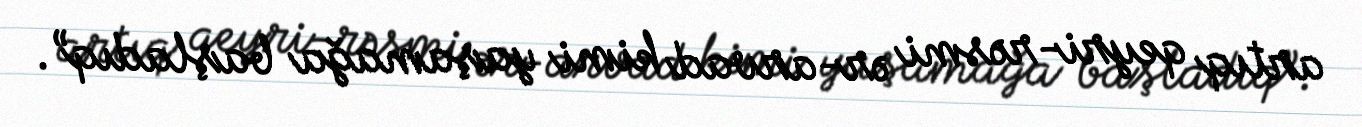
artıq qeyri-rəsmi ər-arvad kimi yaşamağa başladıq”.